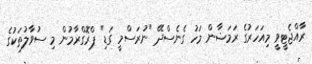
ރާއްޖެޓީވީ މިއަހަރުގެ ރަމަޟާން މަހު ގެނެސްދޭ "ނުރަސްމީ ގަޑި" ޕްރޮގްރާމުން މި ސުވާލުތަކުގެ